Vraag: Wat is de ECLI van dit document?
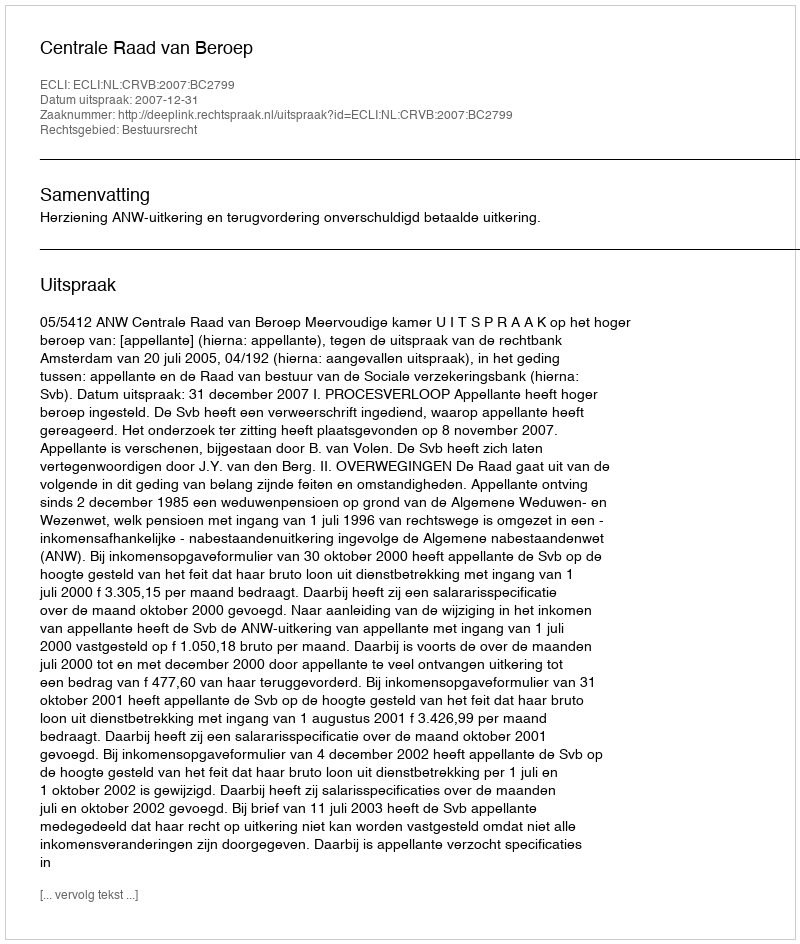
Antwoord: ECLI:NL:CRVB:2007:BC2799